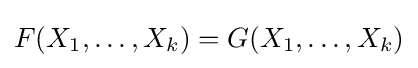
F(X_{1},\ldots ,X_{k})=G(X_{1},\ldots ,X_{k})